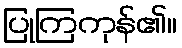
ပြုကြကုန်၏။